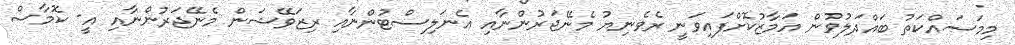
މިމަސައްކަތު ބައްދަލުވުން އަމާޒުކޮށްފައިވަނީ ރެވެނިޔު މެނޭޖަރުންނާއި އެނަލިސްޓުންނާއި ރިޒަވޭޝަން މެނޭޖަރުންނާއި އީ- ކޮމާސް